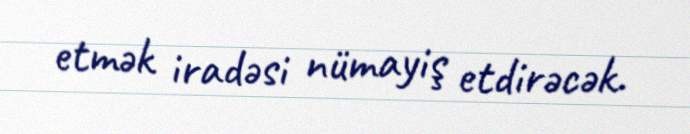
etmək iradəsi nümayiş etdirəcək.